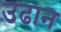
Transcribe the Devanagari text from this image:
उढान